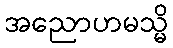
အညောဟမသ္မိ